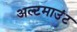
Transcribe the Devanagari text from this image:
अल्टमाउंट